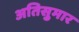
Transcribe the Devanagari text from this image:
अतिसुमार